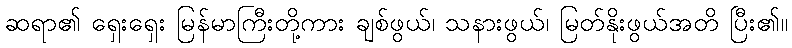
ဆရာ၏ ရှေးရှေး မြန်မာကြီးတို့ကား ချစ်ဖွယ်၊ သနားဖွယ်၊ မြတ်နိုးဖွယ်အတိ ပြီး၏။